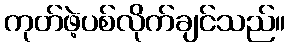
ကုတ်ဖဲ့ပစ်လိုက်ချင်သည်။